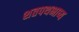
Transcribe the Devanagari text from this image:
शतपथभाष्य